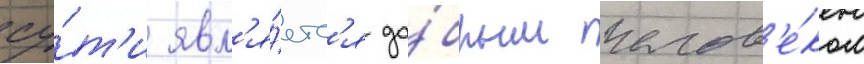
су́т'и явл'я́етс'я до́брым челов'е́ком